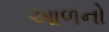
આળનો